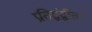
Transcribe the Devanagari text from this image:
प्रतिद्वंद्वीता